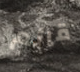
قائم